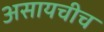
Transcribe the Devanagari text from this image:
असायचीच